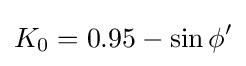
K_{0}=0.95-\sin \phi '